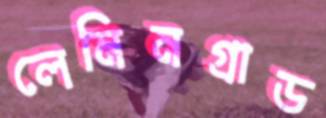
লেনিনগ্রাড